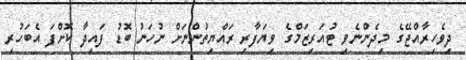
ދިވެހިރާއްޖޭގެ މިދެންނެވި ޓުއަރިޒަމްގެ ވިޔަފާރި ރައްޔިތުންނަށް ނުހަނު ބޮޑު ފައިދާ ކޮށްފަ އެބަހުރި